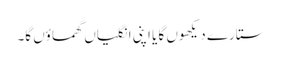
ستارے دیکھوں گا یا اپنی انگلیاں گھماؤں گا۔